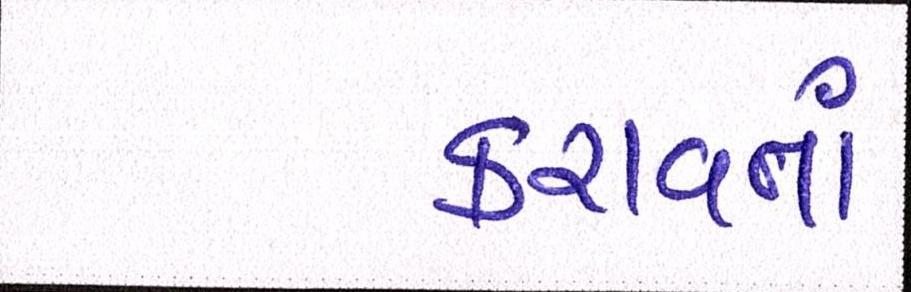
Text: કરાવતાં